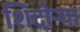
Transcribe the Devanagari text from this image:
शिदोऱ्या